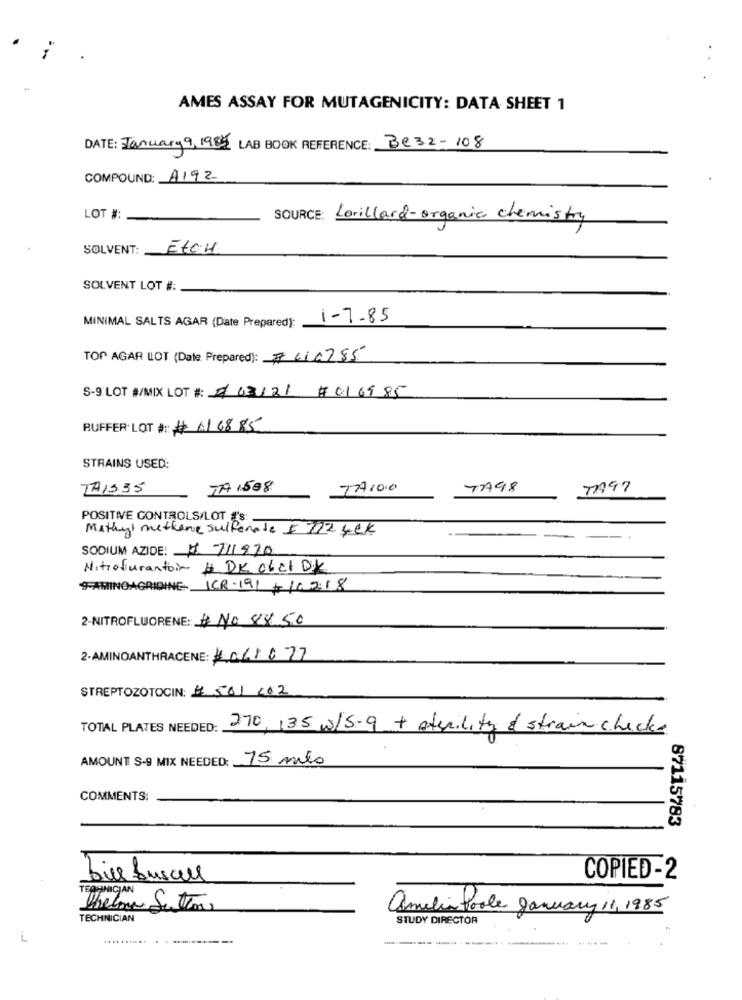
AMES ASSAY FOR MUTAGENICITY: DATA SHEET 1
DATE: January 9, 1985 LAB BOOK REFERENCE: Be32-108
COMPOUND: A192
LOT #:
SOURCE:
Lorillard-organic chemistry
SOLVENT:
EtCH
SOLVENT LOT #:
MINIMAL SALTS AGAR (Date Prepared):
1-7-85
TOP AGAR LOT (Date Prepared): #616285
S-9 LOT #/MIX LOT #: /03421# 01 09 85
RUFFER LOT #: # 616885
STRAINS USED:
TA1535
TA 1508
777100
TA98
TA97
POSITIVE CONTROLS/LOT 'S:
Methyl methane sulfonate I 702 yek
SODIUM AZIDE: H711970
Nitrofurantoin # DK OLEI B.K
9-AMINOAGRIDING- ICR-191+10218
2-NITROFLUORENE: # No 8850
2-AMINOANTHRACENE: 1061077
STREPTOZOTOCIN: # 501 202
TOTAL PLATES NEEDED:
270, 135 w/5-9 + sterility & strain checks
AMOUNT S-9 MIX NEEDED:
15 mils
COMMENTS:
87115783
bill busall
COPIED-2
TERMINICIAN
amelia Poole January 11, 1985
TECHNICIAN
STUDY DIRECTOR
L